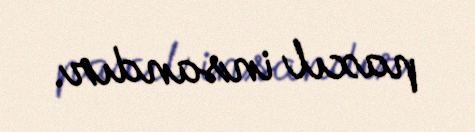
paxıl insandır.